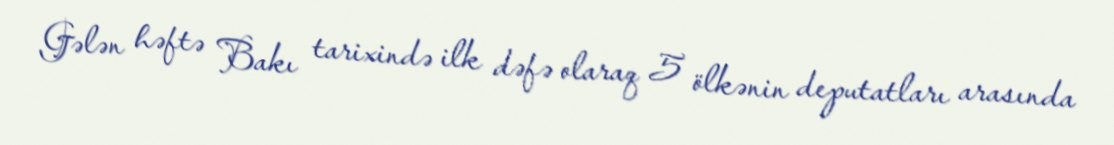
Gələn həftə Bakı tarixində ilk dəfə olaraq 5 ölkənin deputatları arasında